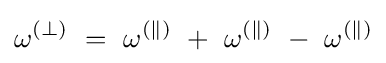
\omega ^{(\perp )}~=~\omega ^{(\|)}~+~\omega ^{(\|)}~-~\omega ^{(\|)}